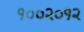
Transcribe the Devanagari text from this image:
१००२०१२